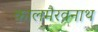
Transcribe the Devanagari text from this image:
कालमैरवनाथ